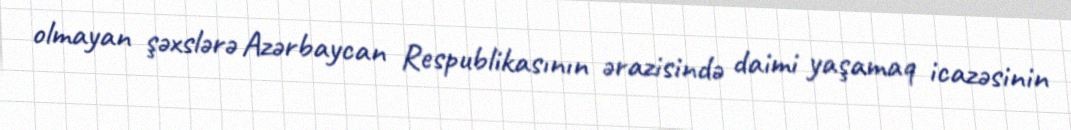
olmayan şəxslərə Azərbaycan Respublikasının ərazisində daimi yaşamaq icazəsinin